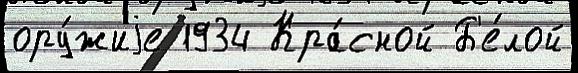
ору́жиjе 1934 Кра́сной Б'е́лой